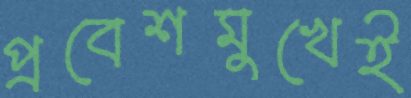
প্রবেশমুখেই